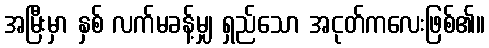
အမြီးမှာ နှစ် လက်မခန့်မျှ ရှည်သော အငုတ်ကလေးဖြစ်၏။